Reports on dispensaries and lunatic asylums in the Province of Oudh - 1869-1876
Year: 1869
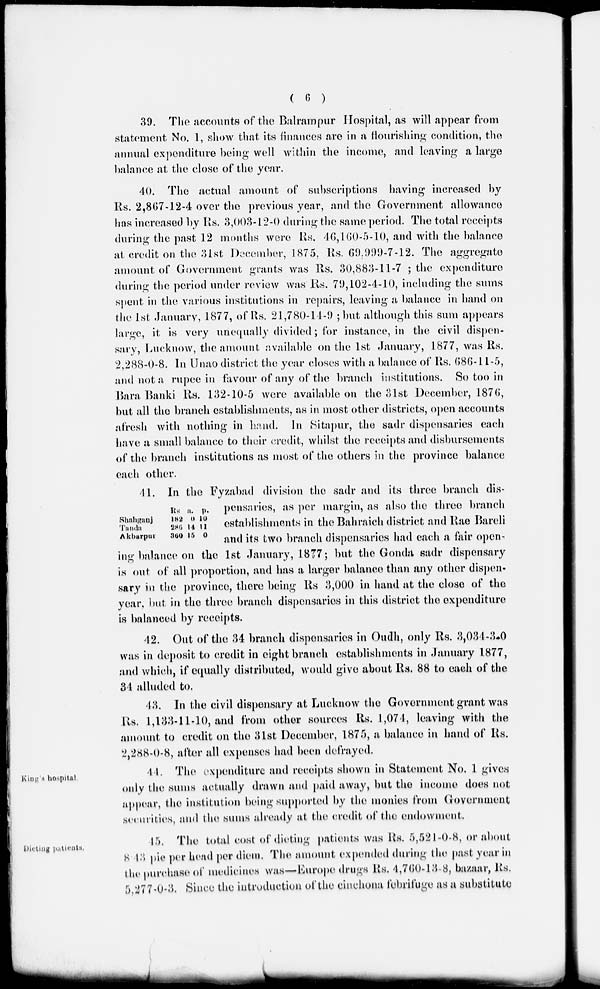
(
6
)
39. The accounts of the Balrampur Hospital, as will appear from
statement No. 1, show that its finances are in a flourishing condition, the
annual expenditure being well within the income, and leaving a large
balance at the close of the year.
40. The actual amount of subscriptions having increased by
Rs. 2,867-12-4 over the previous year, and the Government allowance
has increased by Rs. 3,003-12-0 during the same period. The total receipts
during the past 12 months were Rs. 46,l60-5-10, and with the balance
at credit on the 31st December, 1875, Rs. 69.999-7-12. The aggregate
amount of Government grants was Rs. 30,883-11-7 ; the expenditure
during the period under review was Rs. 79, 102-4-10, including the sums
spent in the various institutions in repairs, leaving a balance in hand on
the 1st January, 1877, of Rs. 21,780-14-9; but although this sum appears
large, it is very unequally divided ; for instance, in the civil dispen-
sary, Lucknow, the amount available on the 1st January, 1877, was Rs.
2,288-0-8. In Unao district the year closes with a balance of Rs, 686-11-5,
and not a rupee in favour of any of the branch institutions. So too in
Bara Banki Rs. 132-10-5 were available on the 31st December, 1876,
but all the branch establishments, as in most other districts, open accounts
afresh with nothing in hand. In Sitapur, the sadr dispensaries each
have a small balance to their credit, whilst the receipts and disbursements
of the branch institutions as most of the others in the province balance
each other.
Shahganj
Tanda
Akbarpur
Rs
182
286
360
a.
0
14
15
p.
10
11
0
41. In the Fyzabad division the sadr and its three branch dis-
pensaries, as per margin, as also the three branch
establishments in the Bahraich district and Rae Bareli
and its two branch dispensaries had each a fair open-
ing balance on the 1st January, 1877 ; but the Gonda sadr dispensary
is out of all proportion, and has a larger balance than any other dispen-
sary in the province, there being Rs 3,000 in hand at the close of the
year, but in the three branch dispensaries in this district the expenditure
is balanced by receipts.
42. Out of the 34 branch dispensaries in Oudh, only Rs. 3,034-3-0
was in deposit to credit in eight branch establishments in January 1877,
and which, if equally distributed, would give about Rs, 88 to each of the
34 alluded to.
43. In the civil dispensary at Lucknow the Government grant was
Rs. 1,133-11-10, and from other sources Rs, 1,074, leaving with the
amount to credit on the 31st December, 1875, a balance in hand of Rs.
2,288-0-8, after all expenses had been defrayed.
King's hospital
44. The expenditure and receipts shown in Statement No. 1 gives
only the sums actually drawn and paid away, but the income does not
appear, the institution being supported by the monies from Government
securities, and the sums already at the credit of the endowment.
Dieting
patients.
45. The total cost of dieting patients was Rs. 5,521-0-8, or about
8.43 pie per head per diem. The amount expended during the past year in
the purchase of medicines was—Europe drugs Rs. 4,760-13-8, bazaar, Rs,
5,277-0-3. Since the introduction of the cinchona febrifuge as a substitute